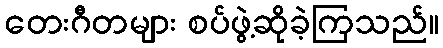
တေးဂီတများ စပ်ဖွဲ့ဆိုခဲ့ကြသည်။